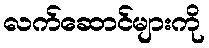
လက်ဆောင်များကို